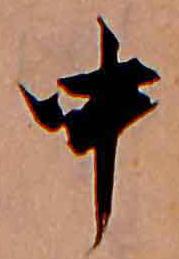
中